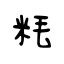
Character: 粍